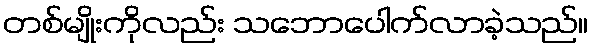
တစ်မျိုးကိုလည်း သဘောပေါက်လာခဲ့သည်။